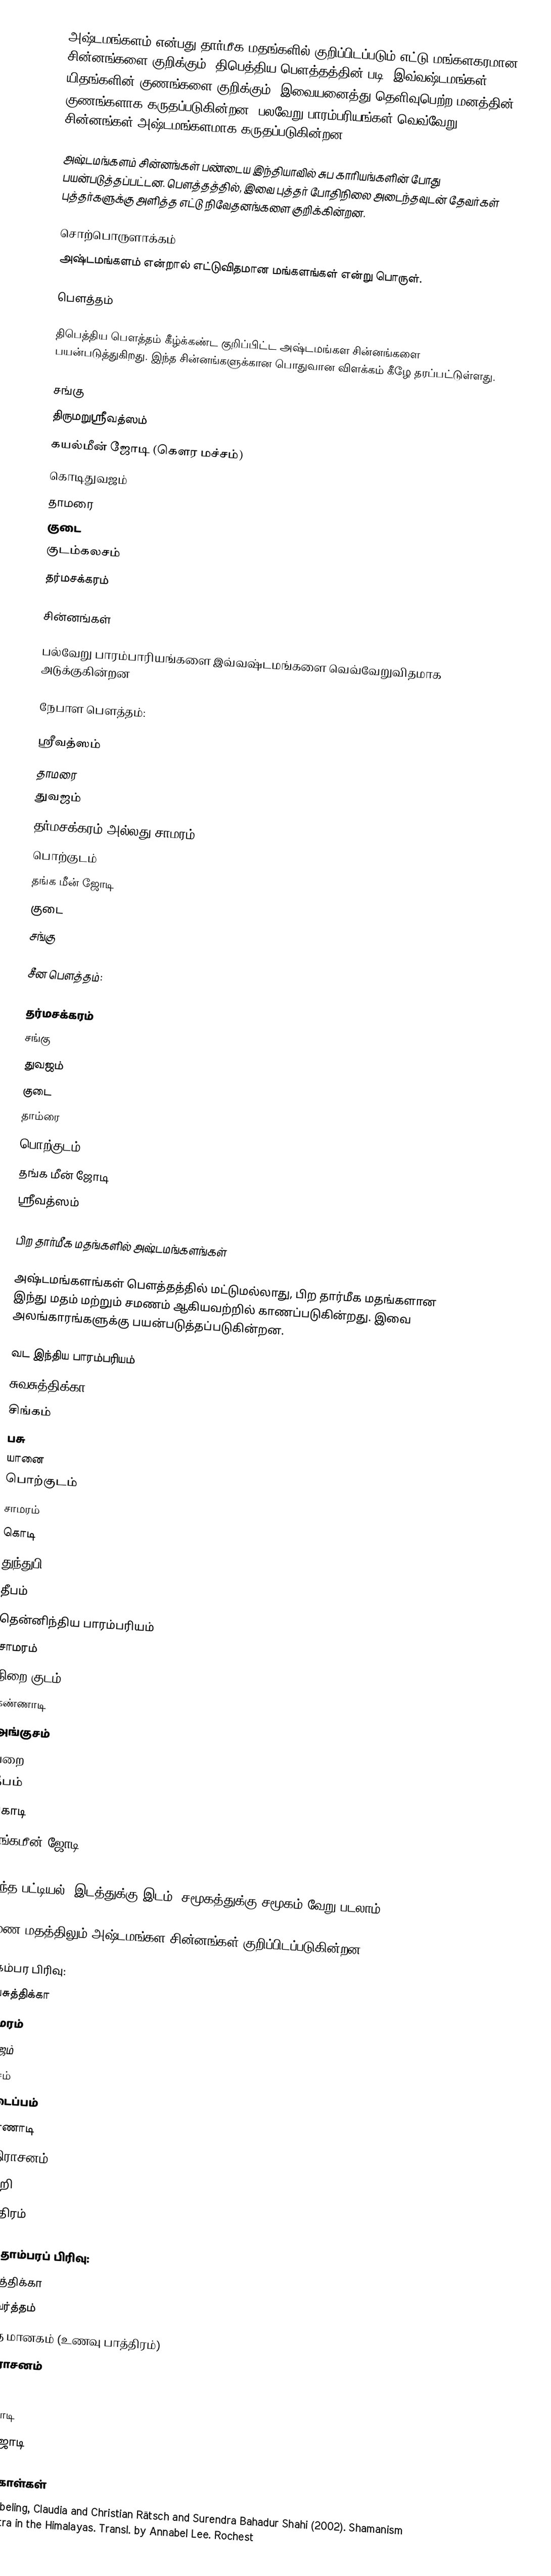
அஷ்டமங்களம் என்பது தார்மீக மதங்களில் குறிப்பிடப்படும் எட்டு மங்களகரமான சின்னங்களை குறிக்கும். திபெத்திய பௌத்தத்தின் படி, இவ்வஷ்டமங்கள் யிதங்களின்  குணங்களை குறிக்கும். இவையனைத்து தெளிவுபெற்ற மனத்தின் குணங்களாக கருதப்படுகின்றன. பலவேறு பாரம்பரியங்கள் வெவ்வேறு சின்னங்கள் அஷ்டமங்களமாக கருதப்படுகின்றன.

அஷ்டமங்களம் சின்னங்கள் பண்டைய இந்தியாவில் சுப காரியங்களின் போது பயன்படுத்தப்பட்டன. பௌத்தத்தில், இவை புத்தர் போதிநிலை அடைந்தவுடன் தேவர்கள் புத்தர்களுக்கு அளித்த எட்டு நிவேதனங்களை குறிக்கின்றன.

சொற்பொருளாக்கம்
அஷ்டமங்களம் என்றால் எட்டுவிதமான மங்களங்கள் என்று பொருள்.

பௌத்தம்

திபெத்திய பௌத்தம்  கீழ்க்கண்ட குறிப்பிட்ட  அஷ்டமங்கள சின்னங்களை பயன்படுத்துகிறது. இந்த சின்னங்களுக்கான பொதுவான விளக்கம் கீழே தரப்பட்டுள்ளது.

சங்கு
 திருமறுஸ்ரீவத்ஸம்
 கயல்மீன் ஜோடி (கௌர மச்சம்)
 கொடிதுவஜம்
தாமரை
குடை
 குடம்கலசம்
தர்மசக்கரம்

சின்னங்கள்

பல்வேறு பாரம்பாரியங்களை இவ்வஷ்டமங்களை வெவ்வேறுவிதமாக அடுக்குகின்றன

நேபாள பௌத்தம்:

 ஸ்ரீவத்ஸம்
 தாமரை
 துவஜம்
 தர்மசக்கரம் அல்லது சாமரம்
 பொற்குடம்
 தங்க மீன் ஜோடி
 குடை
 சங்கு

சீன பௌத்தம்:

 தர்மசக்கரம்
 சங்கு
 துவஜம்
 குடை
 தாம்ரை
 பொற்குடம்
 தங்க மீன் ஜோடி
 ஸ்ரீவத்ஸம்

பிற தார்மீக மதங்களில் அஷ்டமங்களங்கள்

அஷ்டமங்களங்கள் பௌத்தத்தில் மட்டுமல்லாது, பிற தார்மீக மதங்களான  இந்து மதம் மற்றும் சமணம் ஆகியவற்றில் காணப்படுகின்றது. இவை அலங்காரங்களுக்கு பயன்படுத்தப்படுகின்றன.

 வட இந்திய பாரம்பரியம்
 சுவசுத்திக்கா
 சிங்கம்
பசு
யானை
பொற்குடம்
சாமரம்
கொடி
துந்துபி
தீபம்
 தென்னிந்திய பாரம்பரியம்
சாமரம்
நிறை குடம்
கண்ணாடி
அங்குசம்
பறை
தீபம்
கொடி
தங்கமீன் ஜோடி
.
 இந்த பட்டியல், இடத்துக்கு இடம், சமூகத்துக்கு சமூகம் வேறு படலாம்

சமண மதத்திலும் அஷ்டமங்கள சின்னங்கள் குறிப்பிடப்படுகின்றன

திகம்பர பிரிவு:
சுவசுத்திக்கா
சாமரம்
துவஜம்
கலசம்
துடைப்பம்
கண்ணாடி
பத்திராசனம்
விசிறி
பாத்திரம்

சுவேதாம்பரப் பிரிவு:
சுவசுத்திக்கா
நந்தவர்த்தம்
வர்ந்த மானகம் (உணவு பாத்திரம்)
பத்திராசனம்
கலசம்
கண்ணாடி
மீன் ஜோடி

மேற்கோள்கள்
  Müller-Ebeling, Claudia and Christian Rätsch and Surendra Bahadur Shahi (2002). Shamanism and Tantra in the Himalayas. Transl. by Annabel Lee. Rochest